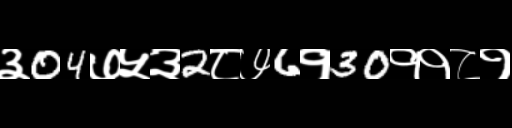
Text: ३04७५३2८७6१30११८१